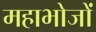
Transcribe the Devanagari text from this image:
महाभोजों